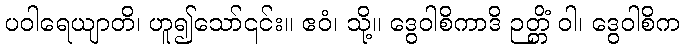
ပဝါရေယျာတိ၊ ဟူ၍သော်၎င်း။ ဧဝံ၊ သို့။ ဒွေဝါစိကာဒိ ဉတ္တိံ ဝါ၊ ဒွေဝါစိက